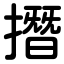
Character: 撍